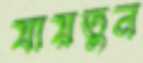
যায়তুন